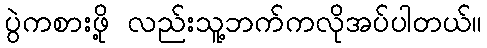
ပွဲကစားဖို့ လည်းသူ့ဘက်ကလိုအပ်ပါတယ်။